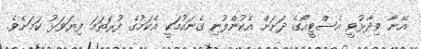
އޭނާ ވިދާޅުވީ އެސްޓީއޯގެ ދަށަށް އެކުންފުނި ގެނައުމަކީ އެކަމުގެ ފުރަތަމަ ފިޔަވަޅު ކަމަށެވެ.